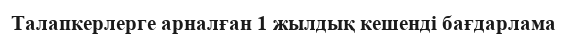
Талапкерлерге арналған 1 жылдық кешенді бағдарлама